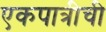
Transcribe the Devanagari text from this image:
एकपात्रीची